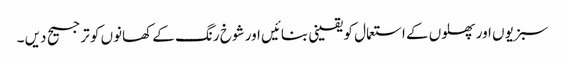
سبزیوں اور پھلوں کے استعمال کو یقینی بنائیں اور شوخ رنگ کے کھانوں کو ترجیح دیں ۔